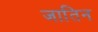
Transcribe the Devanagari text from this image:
जातिन